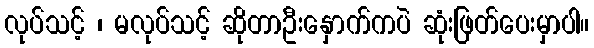
လုပ်သင့် ၊ မလုပ်သင့် ဆိုတာဦးနှောက်ကပဲ ဆုံးဖြတ်ပေးမှာပါ။